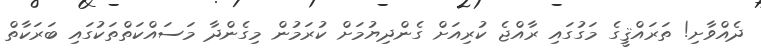
ދެއްވާށި! ތަރައްޤީގެ މަގުގައި ރާއްޖެ ކުރިއަށް ގެންދިޔުމަށް ކުރަމުން މިގެންދާ މަސައްކަތްތަކުގައި ބަރަކާތް